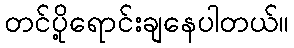
တင်ပို့ရောင်းချနေပါတယ်။